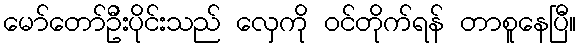
မော်တော်ဦးပိုင်းသည် လှေကို ဝင်တိုက်ရန် တာစူနေပြီ။